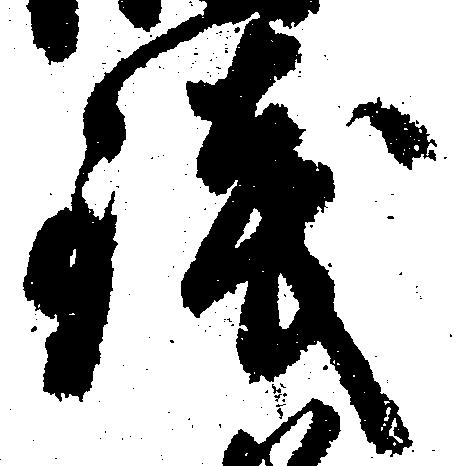
銭